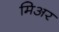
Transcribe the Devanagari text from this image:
मिअर